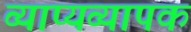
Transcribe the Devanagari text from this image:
व्याप्यव्यापक